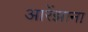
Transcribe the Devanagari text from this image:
आरेंझाना